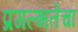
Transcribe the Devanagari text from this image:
प्रगल्‍भतेचा